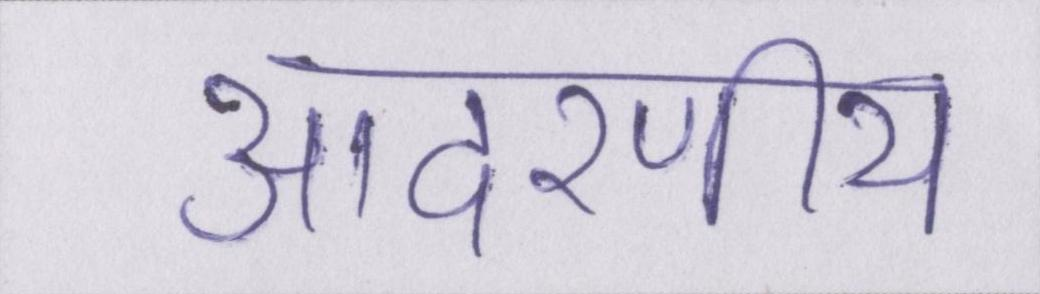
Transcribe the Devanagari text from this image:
आदरणीय